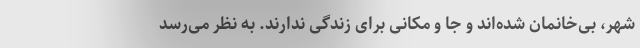
شهر، بی‌خانمان شده‌اند و جا و مکانی برای زندگی ندارند. به نظر می‌رسد